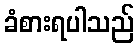
ခံစားရပါသည်